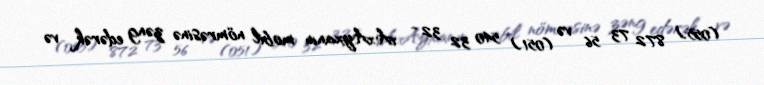
(055) 872 73 56 və (051) 540 32 32 - A.Ayxanın mobil nömrəsinə zəng edərək və